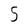
Character: 5